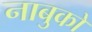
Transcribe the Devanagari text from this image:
नाबुको